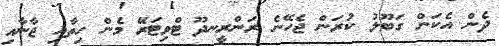
ދެން އެކަން ގަބޫލު ކުރަން ޖެހޭނެ ރަންރީނދޫ ޓްވިޓަރޭ މެން ހިތާއި ޖާނާއި